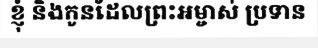
ខ្ញុំ និងកូនដែលព្រះអម្ចាស់ ប្រទាន